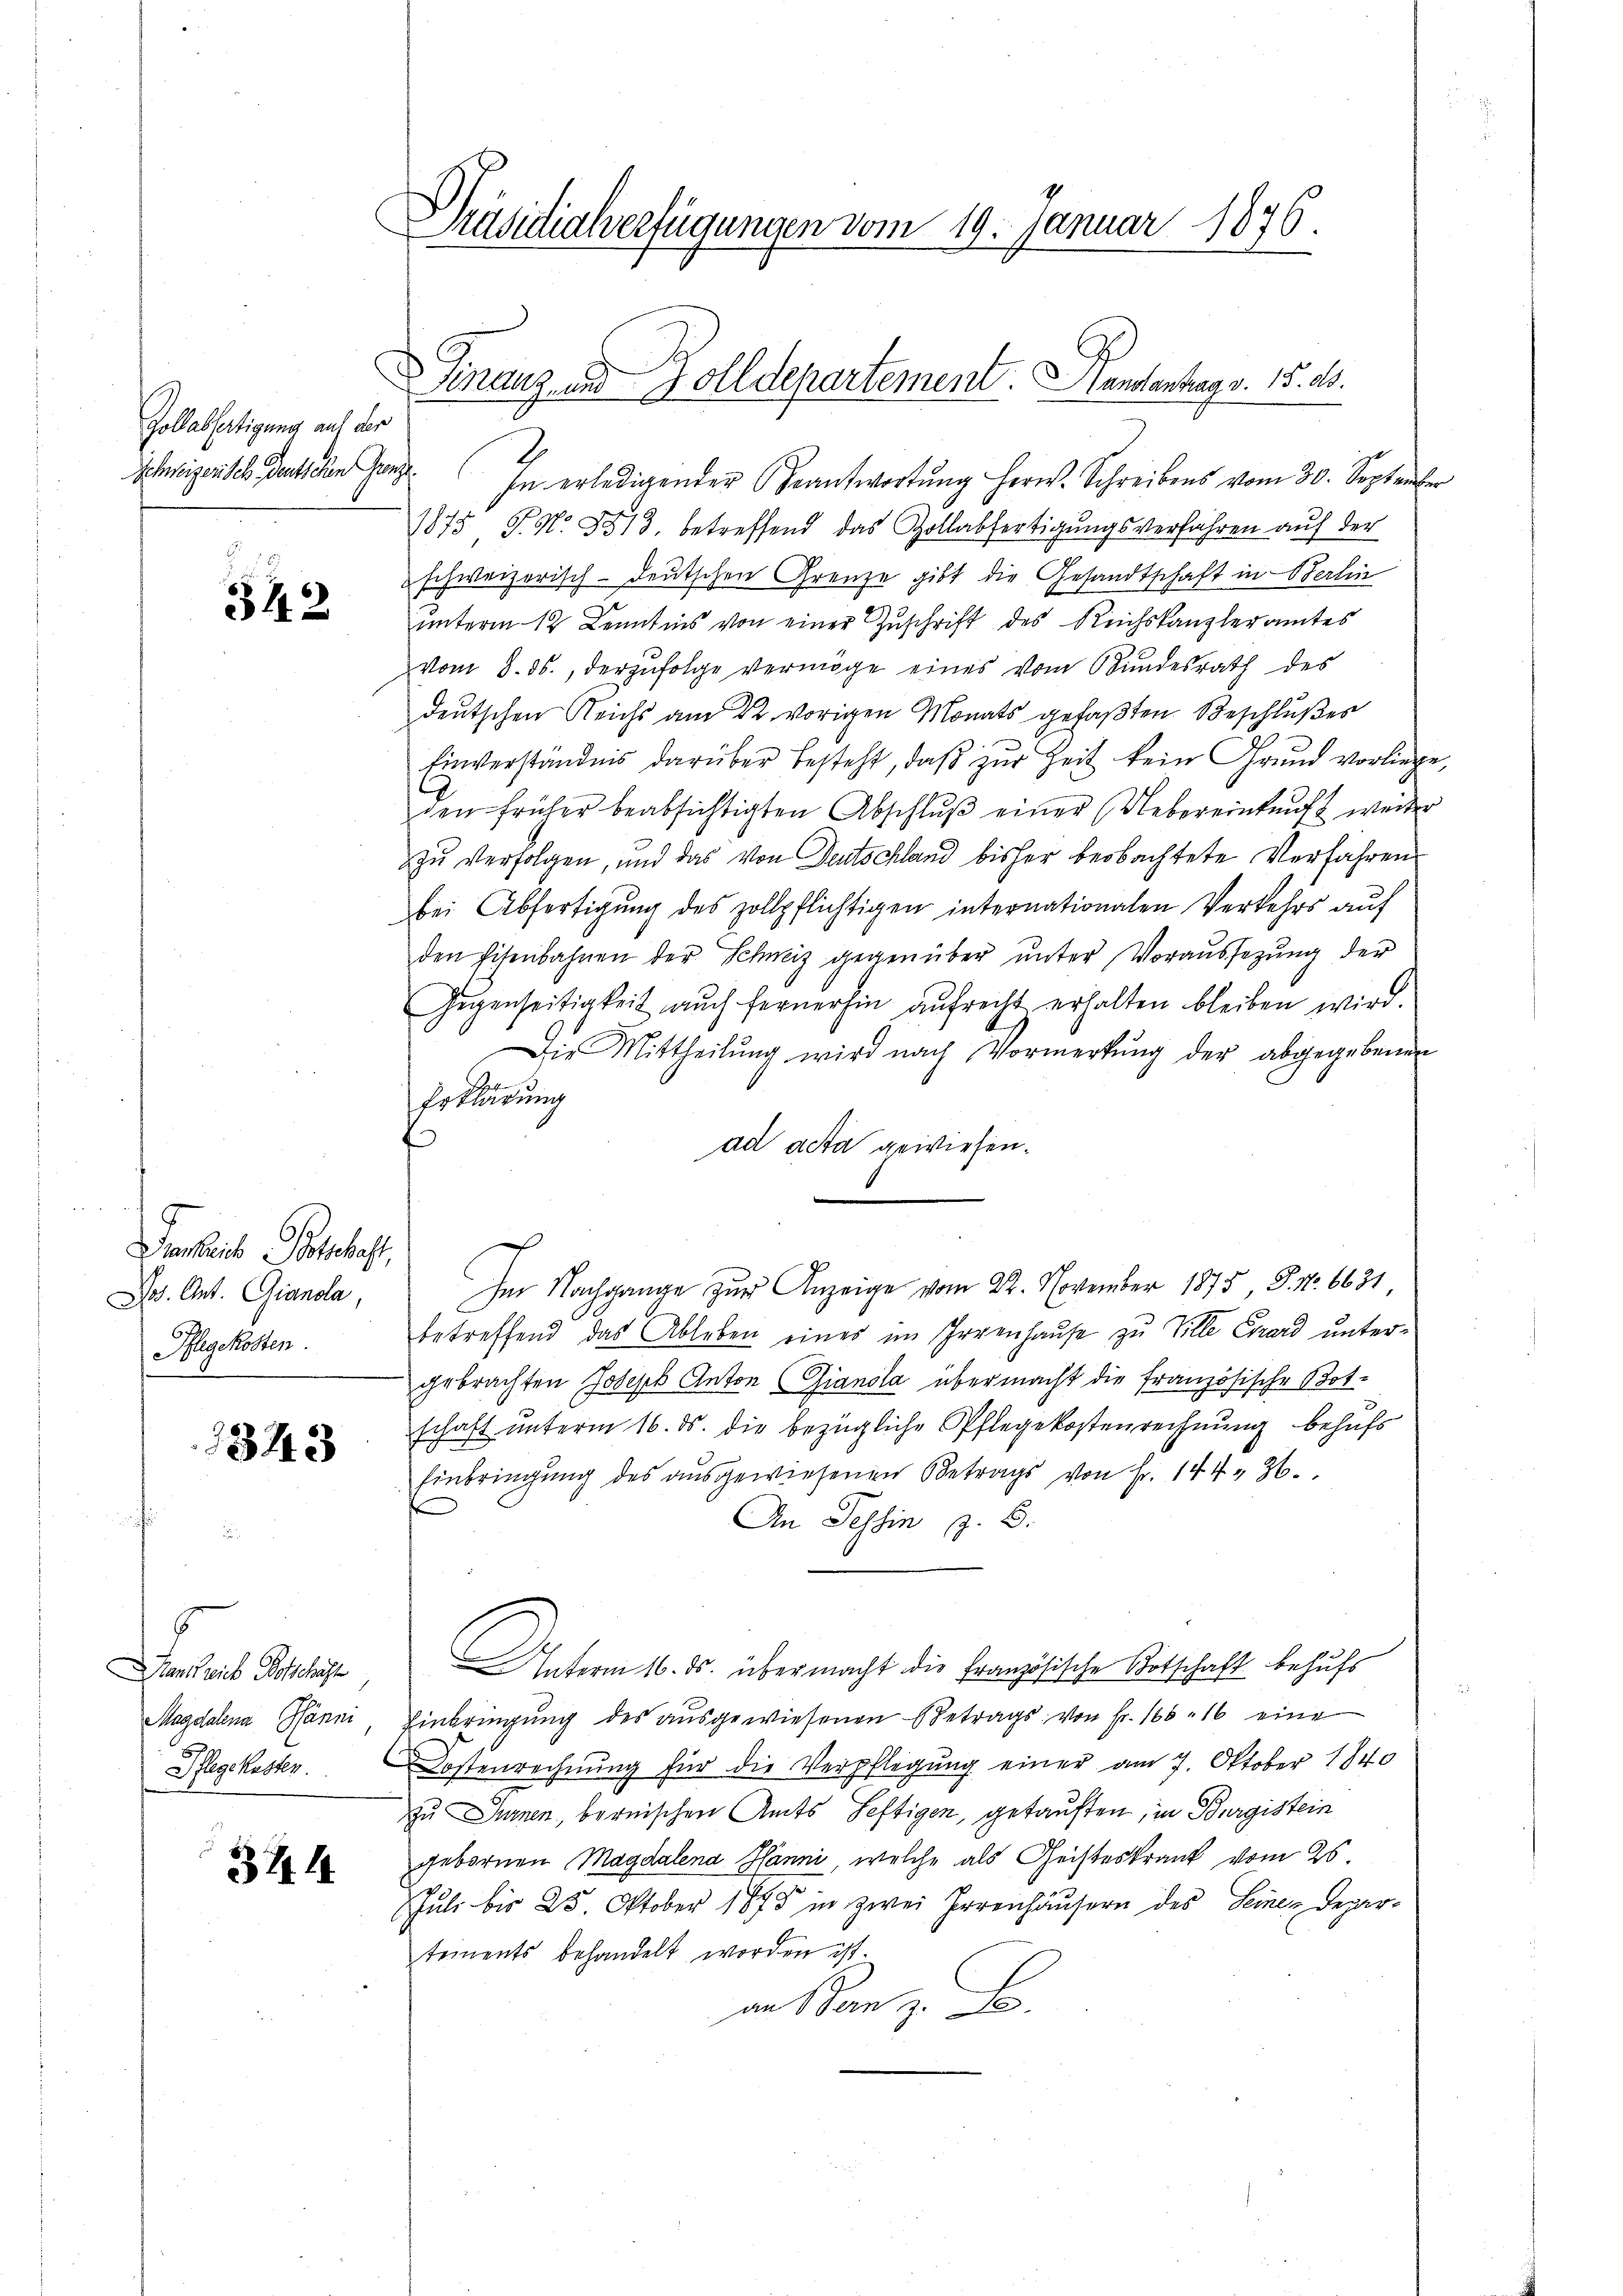
Gollabfertigung auf der

342

Genberich Postschaft,
Jos. Ant. Gianola,
Pflegekosten.

1343

H.
ankreich Botschaft
Magdalena Hänni
Pflegekosten.

371

Präsidialverfügungen vom 19. Januar 1876.

Schweizerisch deutschen Gang. In erledigender Beantwortung herw. Schreibens vom 30. September
1875 P. Nr. 3513, betreffend das Zollabfertigungsverfahren auf der
schweizerisch-deutschen Grenze gibt die Gesandtschaft in Berlin
unterm 12 Kenntnis von einer Zuschrift des Reichskanzleramtes
vom 8. ds., derzufolge vermöge eines vom Bundesrath des
deutschen Reichs am 22. vorigen Monats gefaßten Beschlußes
Einverständnis darüber besteht, daß zur Zeit kein Grund vorliege,
den früher beabsichtigten Abschlŭβ einer Uebereinkunft weiter
zu verfolgen, und das von Deutschland bisher beobachtete Verfahren
bei Abfertigŭng des zollpflichtigen internationalen Verkehrs auf
den Eisenbahnen der Schweiz gegenüber ŭnter Voraŭssezŭng der
Gegenseitigkeit auch fernerhin aŭfrecht erhalten bleiben wird.
Die Mittheilŭng wird nach Vormerkŭng der abgegebenen
Erklärung
ad acta gewiesen.
.86631
betreffend das Ableben eines im Irrenhause zu Ville Csard untergebrachten Joseph Anton Gianola übermacht die französische Botschaft unterm 16. ds. die bezügliche Pflegekostenrechnung behufs
Einbringŭng des aŭsgewiesenen Betrags von Fr. 144. 36.
An Tessin z. B.
Unterm 16. ds. übermacht die Französische Kotschaft behufs
Einbringung des ausgewiesenen Betrags von Fr. 165. 16 eine
Kostenrechnŭng für die Verpflegŭng einer am 7. Oktober 1840
zu Turnen, bernischen Amts Seftigen, getauften, in Burgistein
gebornen Magdalena Hanni, welche als Geisteskrank vom 25.
Juli bis 25. Oktober 1875 in zwei Errenhäusern des Seines Depar-
tements behandelt worden ist.
an Bern z. B.

Finanz und Zolldepartement. Hanslantrag v. 15. ds.